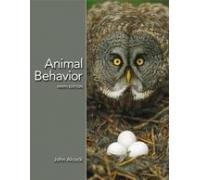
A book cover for Animal Behavior: An Evolutionary Approach, Ninth Edition; John Alcock; Science & Math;